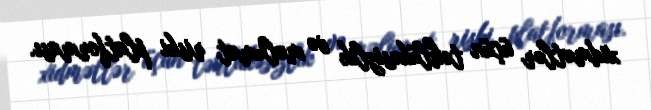
xidmətlər üçün təhlükəsizlik və məlumat riski platforması.